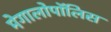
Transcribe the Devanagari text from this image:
मेगालोपॉलिस